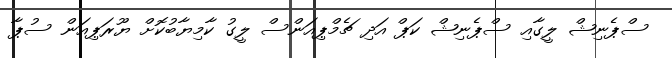
ސްޕެނިޝް ލީގާއި ސްޕެނިޝް ކަޕް އަދި ޗެމްޕިއަންސް ލީގު ކާމިޔާބުކޮށް ޔޫރަޕިއަން ސުޕާ